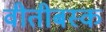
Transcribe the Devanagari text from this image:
वीतीबस्क